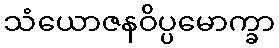
သံယောဇနဝိပ္ပမောက္ခာ